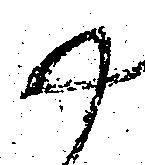
尉